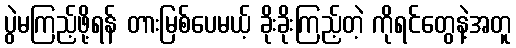
ပွဲမကြည့်ဖို့ရန် တားမြစ်ပေမယ့် ခိုးခိုးကြည့်တဲ့ ကိုရင်တွေနဲ့အတူ